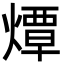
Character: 燂